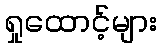
ရှုထောင့်များ